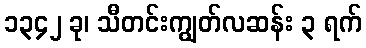
၁၃၄၂ ခု၊ သီတင်းကျွတ်လဆန်း ၃ ရက်